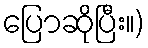
ပြောဆိုပြီး။)